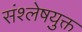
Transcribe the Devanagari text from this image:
संश्लेषयुक्त